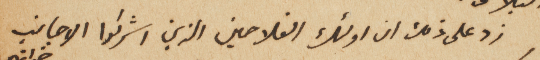
زد على ذلك ان اولئك الفلاحين الذين اشركوا الاجانب